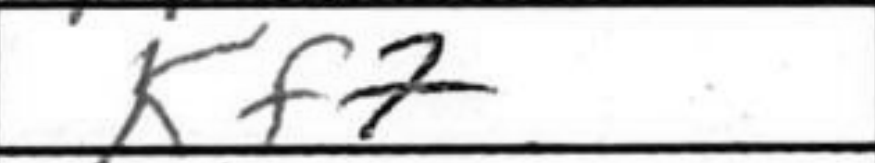
Transcription: Kf7